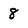
Character: 8